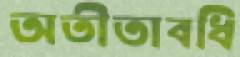
অতীতাবধি